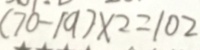
( 7 0 - 1 9 ) \times 2 = 1 0 2